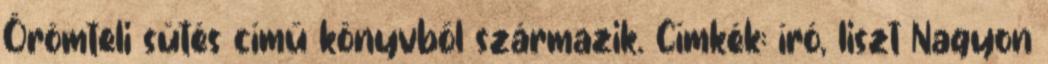
Örömteli sütés című könyvből származik. Címkék: író, liszt Nagyon